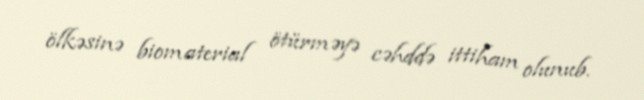
ölkəsinə biomaterial ötürməyə cəhddə ittiham olunub.